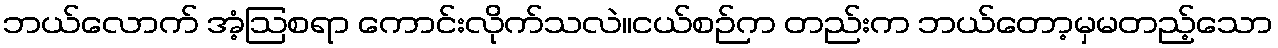
ဘယ်လောက် အံ့ဩစရာ ကောင်းလိုက်သလဲ။ငယ်စဉ်က တည်းက ဘယ်တော့မှမတည့်သော